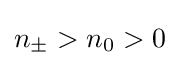
n_{\pm }>n_{0}>0